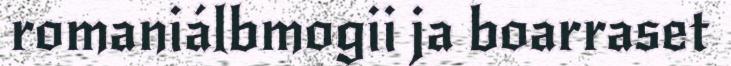
romaniálbmogii ja boarraset